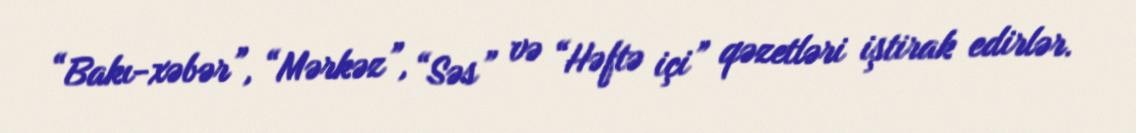
“Bakı-xəbər”, “Mərkəz”, “Səs” və “Həftə içi” qəzetləri iştirak edirlər.